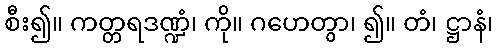
စီး၍။ ကတ္တရဒဏ္ဍံ၊ ကို။ ဂဟေတွာ၊ ၍။ တံ၊ ဋ္ဌာနံ၊